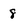
Character: 8